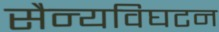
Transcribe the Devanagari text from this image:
सैन्यविघटन